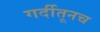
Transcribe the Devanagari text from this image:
गर्दीतूनच